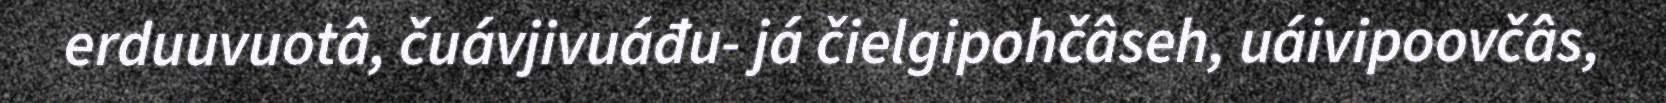
erduuvuotâ, čuávjivuáđu- já čielgipohčâseh, uáivipoovčâs,